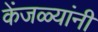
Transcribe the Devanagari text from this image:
केंजळ्यांनी